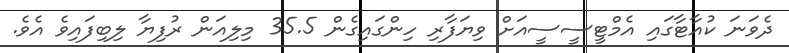
ދެވަނަ ކުއާޓާގައި އެމްޓީސީސީއަށް ވިޔަފާރި ހިންގައިގެން 35.5 މިލިއަން ރުފިޔާ ލިބިފައިވެ އެވެ.